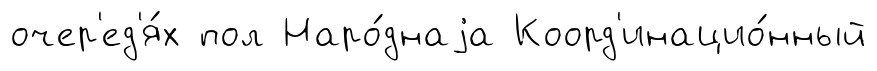
очер'ед'я́х пол Наро́днаjа Коорд'инацио́нный